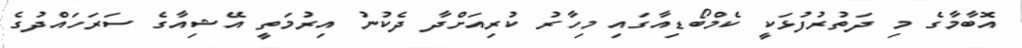
އޮބާމާގެ މި ދަތުރުފުޅަކީ ކެމްބޯޑިއާގައި މިހާރު ކުރިއަށްދާ ދެކުނު އިރުމަތީ އޭޝިއާގެ ސަރަހައްދުގެ